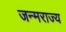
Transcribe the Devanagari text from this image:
जन्मराज्य